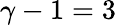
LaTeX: \gamma-1=3